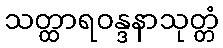
သတ္ထာရဝန္ဒနာသုတ္တံ